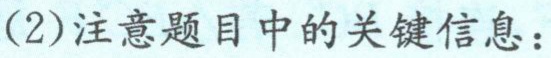
(2)注意题目中的关键信息：